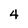
Character: 4